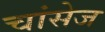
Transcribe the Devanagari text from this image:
चांसेज